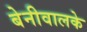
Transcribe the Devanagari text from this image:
बेनीवालके